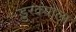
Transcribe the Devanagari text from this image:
डुरक्याला